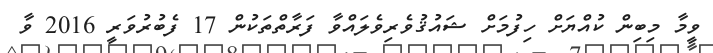
ވީމާ މިބިން ކުއްޔަށް ހިފުމަށް ޝައުޤުވެރިވެލައްވާ ފަރާތްތަކުން 17 ފެބުރުވަރީ 2016 ވާ